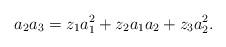
LaTeX: \begin{align*} a_2a_3 = z_1a_1^2 + z_2a_1 a_2 + z_3 a_2^2.\end{align*}